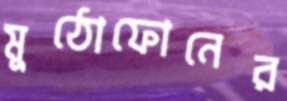
মুঠোফোনের